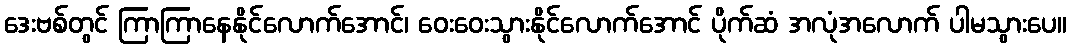
ဒေးဗစ်တွင် ကြာကြာနေနိုင်လောက်အောင်၊ ဝေးဝေးသွားနိုင်လောက်အောင် ပိုက်ဆံ အလုံအလောက် ပါမသွားပေ။